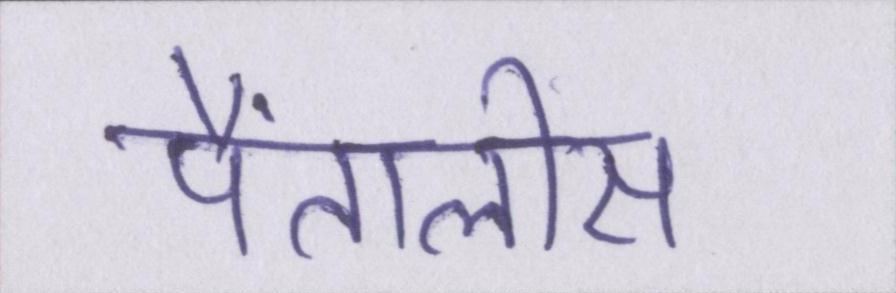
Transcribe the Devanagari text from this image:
पैंतालीस